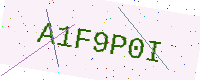
Text: A1F9P0I